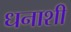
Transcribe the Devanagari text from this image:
धनाशी